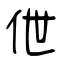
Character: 伳